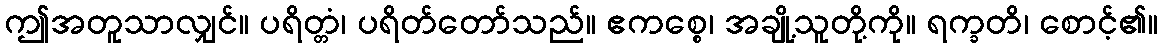
ဤအတူသာလျှင်။ ပရိတ္တံ၊ ပရိတ်တော်သည်။ ဧကစ္စေ၊ အချို့သူတို့ကို။ ရက္ခတိ၊ စောင့်၏။